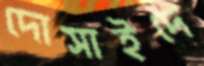
দোসাইদে